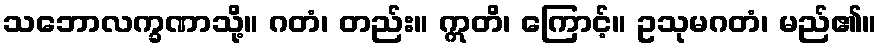
သဘောလက္ခဏာသို့။ ဂတံ၊ တည်း။ ဣတိ၊ ကြောင့်။ ဥသုမဂတံ၊ မည်၏။